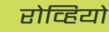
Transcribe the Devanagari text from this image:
रोव्हियो